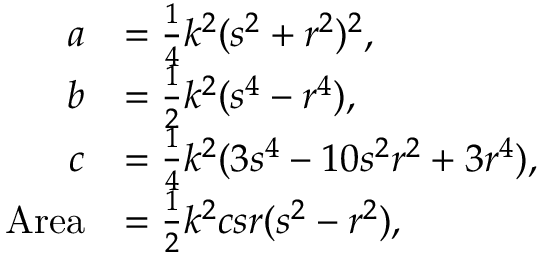
{ \begin{array} { r l } { a } & { = { \frac { 1 } { 4 } } k ^ { 2 } ( s ^ { 2 } + r ^ { 2 } ) ^ { 2 } , } \\ { b } & { = { \frac { 1 } { 2 } } k ^ { 2 } ( s ^ { 4 } - r ^ { 4 } ) , } \\ { c } & { = { \frac { 1 } { 4 } } k ^ { 2 } ( 3 s ^ { 4 } - 1 0 s ^ { 2 } r ^ { 2 } + 3 r ^ { 4 } ) , } \\ { { \mathrm { A r e a } } } & { = { \frac { 1 } { 2 } } k ^ { 2 } c s r ( s ^ { 2 } - r ^ { 2 } ) , } \end{array} }